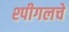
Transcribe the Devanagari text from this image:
श्पीगलचे